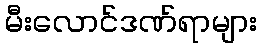
မီးလောင်ဒဏ်ရာများ